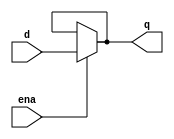
module top_module (
    input d, 
    input ena,
    output q);

    assign q = ena ? d : q;
    
endmodule